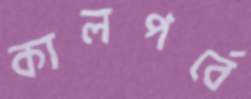
কালপর্বে